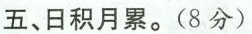
五、日积月累。(8分)